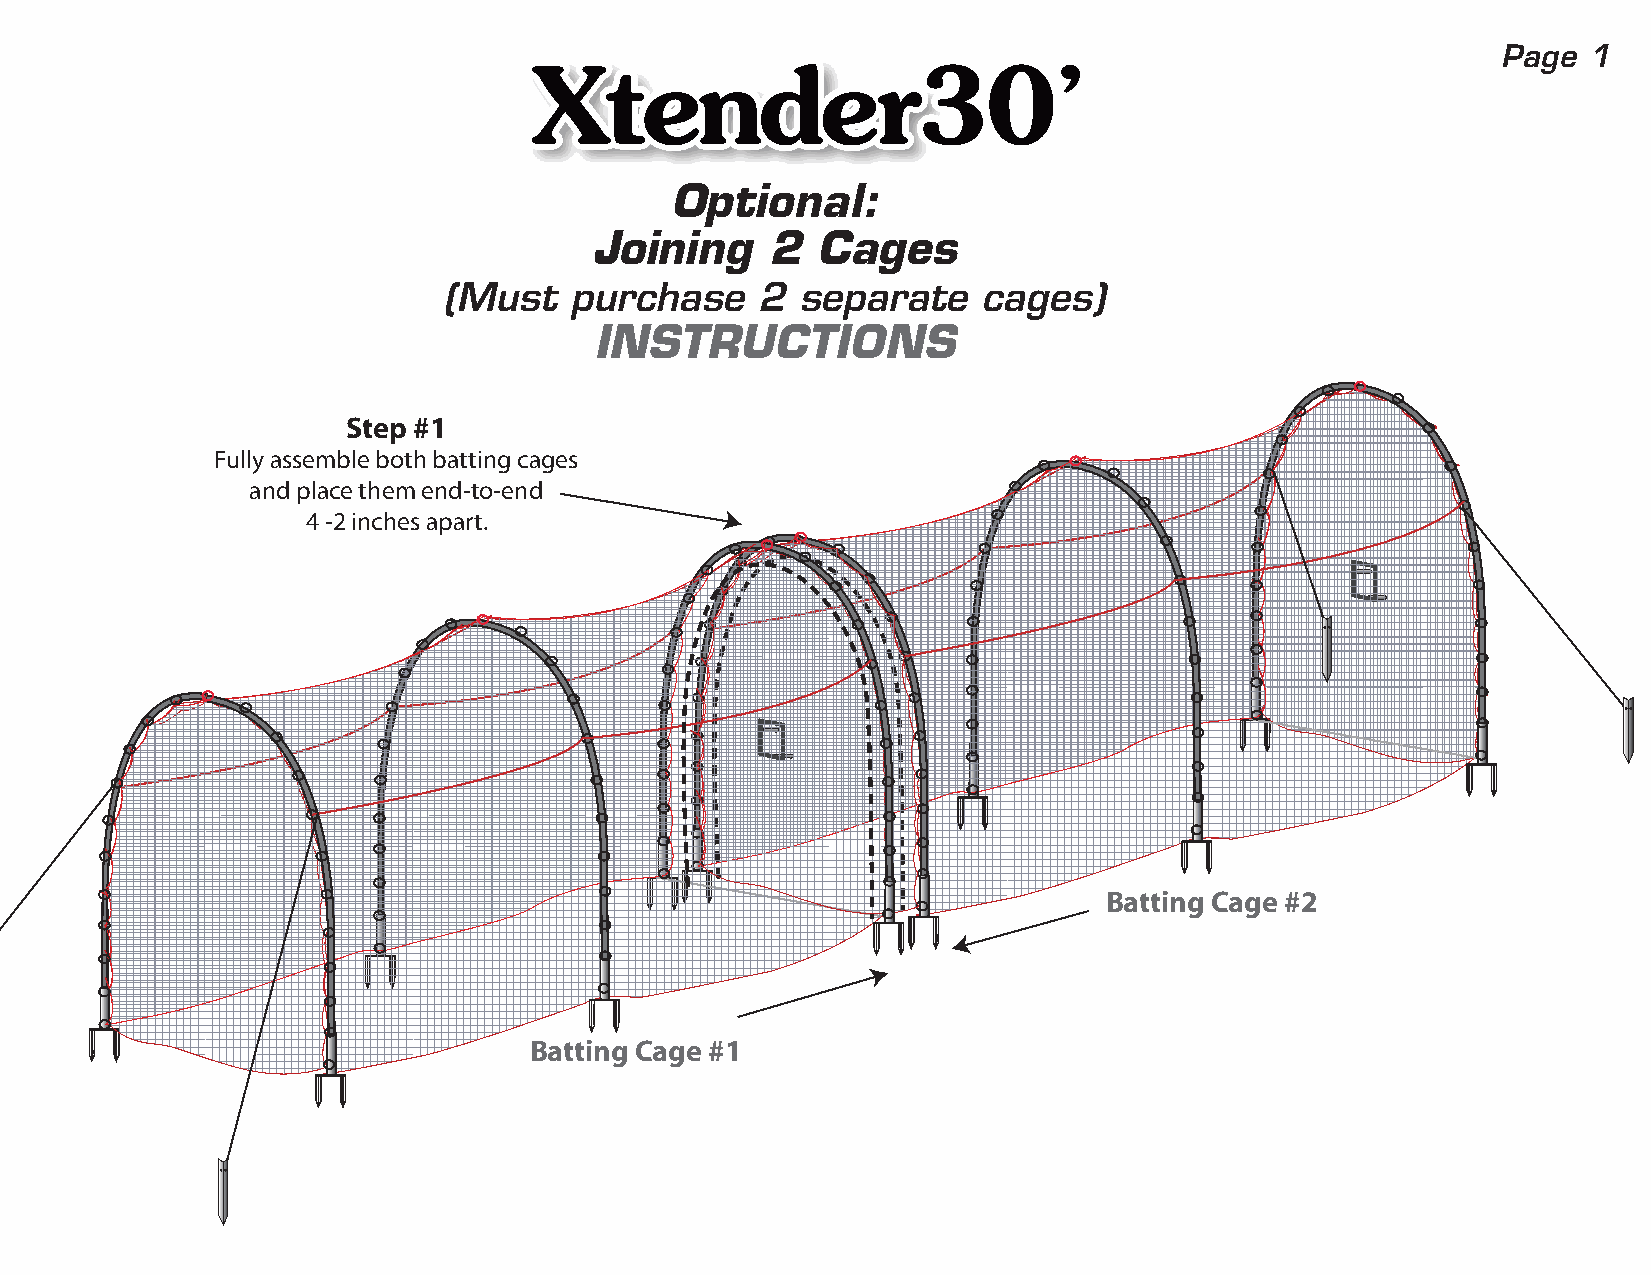
Page  1
 XXtteennddeerr3300’’
 Optional:
 Joining     2  Cages
 (Must    purchase    2  separate    cages)
 INSTRUCTIONS
 Step #1
 Fully assemble both batting cages
 and place them end-to-end
 4 -2 inches apart.
 Batting Cage #2
 Batting Cage #1